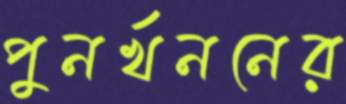
পুনর্খননের